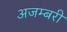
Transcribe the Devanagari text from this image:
अजम्बरी